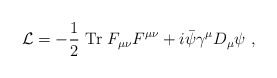
\begin{align*}{\cal L}=-{1\over 2}~{\rm Tr} ~F_{\mu\nu}F^{\mu\nu}+i\bar\psi \gamma^\mu D_\mu \psi~,\end{align*}